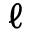
\ell